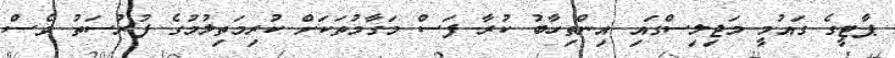
ޕާޓީގެ ގައުމީ މަޖިލިސްގައި އިންތިހާބު ކުރާ ފަސް މަގާމުތަކަށް ކުރިމަތިލުމުގެ ފުރުސަތު ވެސް